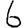
Digit: 6